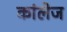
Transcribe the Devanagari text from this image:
कांलेज